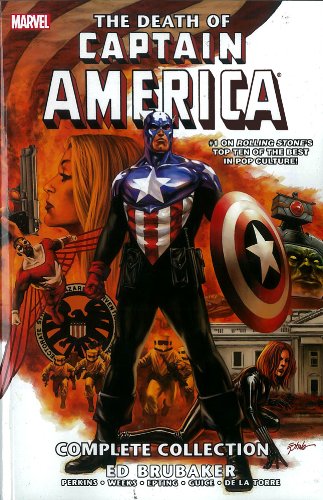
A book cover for Death of Captain America: The Complete Collection; Ed Brubaker; Comics & Graphic Novels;